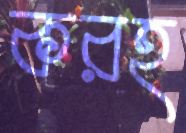
করহ